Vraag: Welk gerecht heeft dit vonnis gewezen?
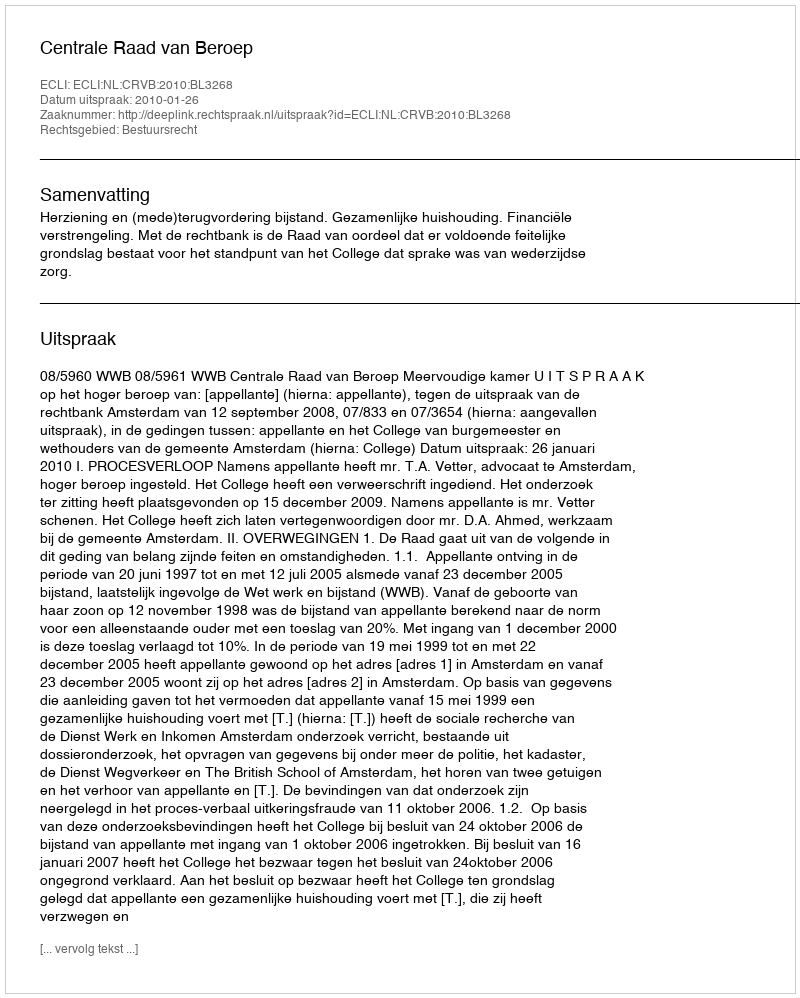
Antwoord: Centrale Raad van Beroep